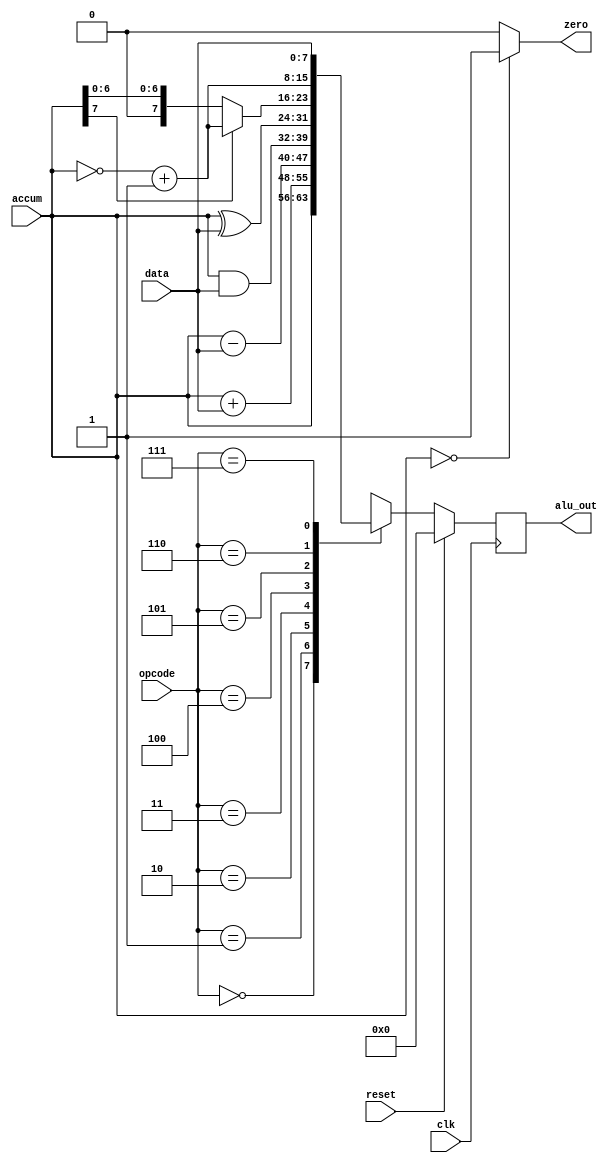
module alu(alu_out, accum, data, opcode, zero, clk, reset);
input clk, reset;
input [7:0] accum, data;
input [2:0] opcode;
output [7:0] alu_out;
output zero;
reg [7:0] alu_out;

always@(posedge clk)
begin
  if (reset)  begin
	alu_out = 0;
  end
  else   begin
	case (opcode)
		3'b000 :  alu_out = accum;
		3'b001 :  alu_out = (accum + data);
		3'b010 :  alu_out = (accum - data);
		3'b011 :  alu_out = (accum & data);
		3'b100 :  alu_out = (accum ^ data);
		3'b101 :  alu_out = (accum[7]==0)? accum : ((~accum)+8'b1);
		3'b110 :  alu_out = ~accum + 8'b1;
		3'b111 :  alu_out = data;
		default :  alu_out = 8'b0;
	endcase
  end
end

assign  zero = (accum == 8'b0)? 1'b1 : 0;

endmodule